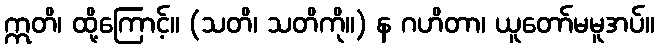
ဣတိ၊ ထို့ကြောင့်။ (သတိ၊ သတိကို။) န ဂဟိတာ၊ ယူတော်မမူအပ်။